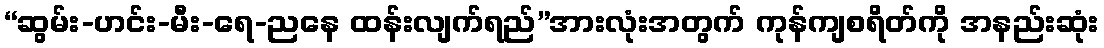
“ဆွမ်း-ဟင်း-မီး-ရေ-ညနေ ထန်းလျက်ရည်”အားလုံးအတွက် ကုန်ကျစရိတ်ကို အနည်းဆုံး